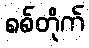
စစ်တိုက်